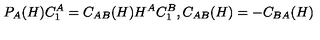
P _ { A } ( H ) C _ { 1 } ^ { A } = C _ { A B } ( H ) H ^ { A } C _ { 1 } ^ { B } , C _ { A B } ( H ) = - C _ { B A } ( H )